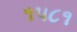
૧૫૮૧